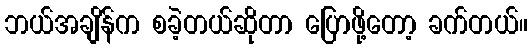
ဘယ်အချိန်က စခဲ့တယ်ဆိုတာ ပြောဖို့တော့ ခက်တယ်။